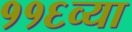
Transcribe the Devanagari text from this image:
११६व्या